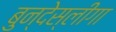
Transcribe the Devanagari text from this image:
बुन्देस्लीगा